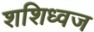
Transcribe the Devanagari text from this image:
शशिध्वज